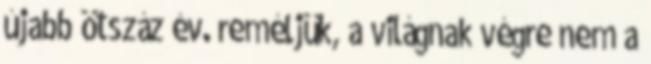
újabb ötszáz év. reméljük, a világnak végre nem a